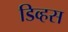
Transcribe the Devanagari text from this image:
डिव्हस